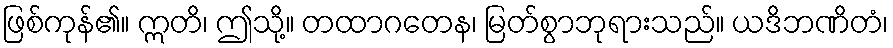
ဖြစ်ကုန်၏။ ဣတိ၊ ဤသို့။ တထာဂတေန၊ မြတ်စွာဘုရားသည်။ ယဒိဘဏိတံ၊